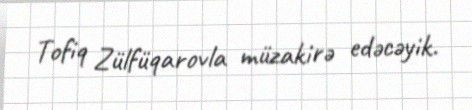
Tofiq Zülfüqarovla müzakirə edəcəyik.